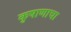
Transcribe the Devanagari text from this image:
कुषाणाचा